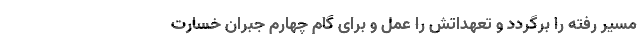
مسیر رفته را برگردد و تعهداتش را عمل و برای گام چهارم جبران خسارت